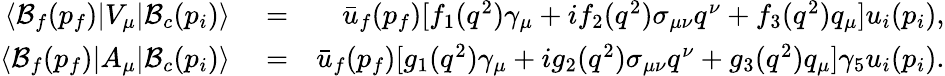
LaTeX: \begin{array}{rlr}{\langle{\cal B}_{f}(p_{f})|V_{\mu}|{\cal B}_{c}(p_{i})\rangle}&{{}=}&{\bar{u}_{f}(p_{f})[f_{1}(q^{2})\gamma_{\mu}+if_{2}(q^{2})\sigma_{\mu\nu}q^{\nu}+f_{3}(q^{2})q_{\mu}]u_{i}(p_{i}),}\\ {\langle{\cal B}_{f}(p_{f})|A_{\mu}|{\cal B}_{c}(p_{i})\rangle}&{{}=}&{\bar{u}_{f}(p_{f})[g_{1}(q^{2})\gamma_{\mu}+ig_{2}(q^{2})\sigma_{\mu\nu}q^{\nu}+g_{3}(q^{2})q_{\mu}]\gamma_{5}u_{i}(p_{i}).}\end{array}